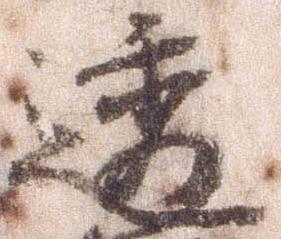
透